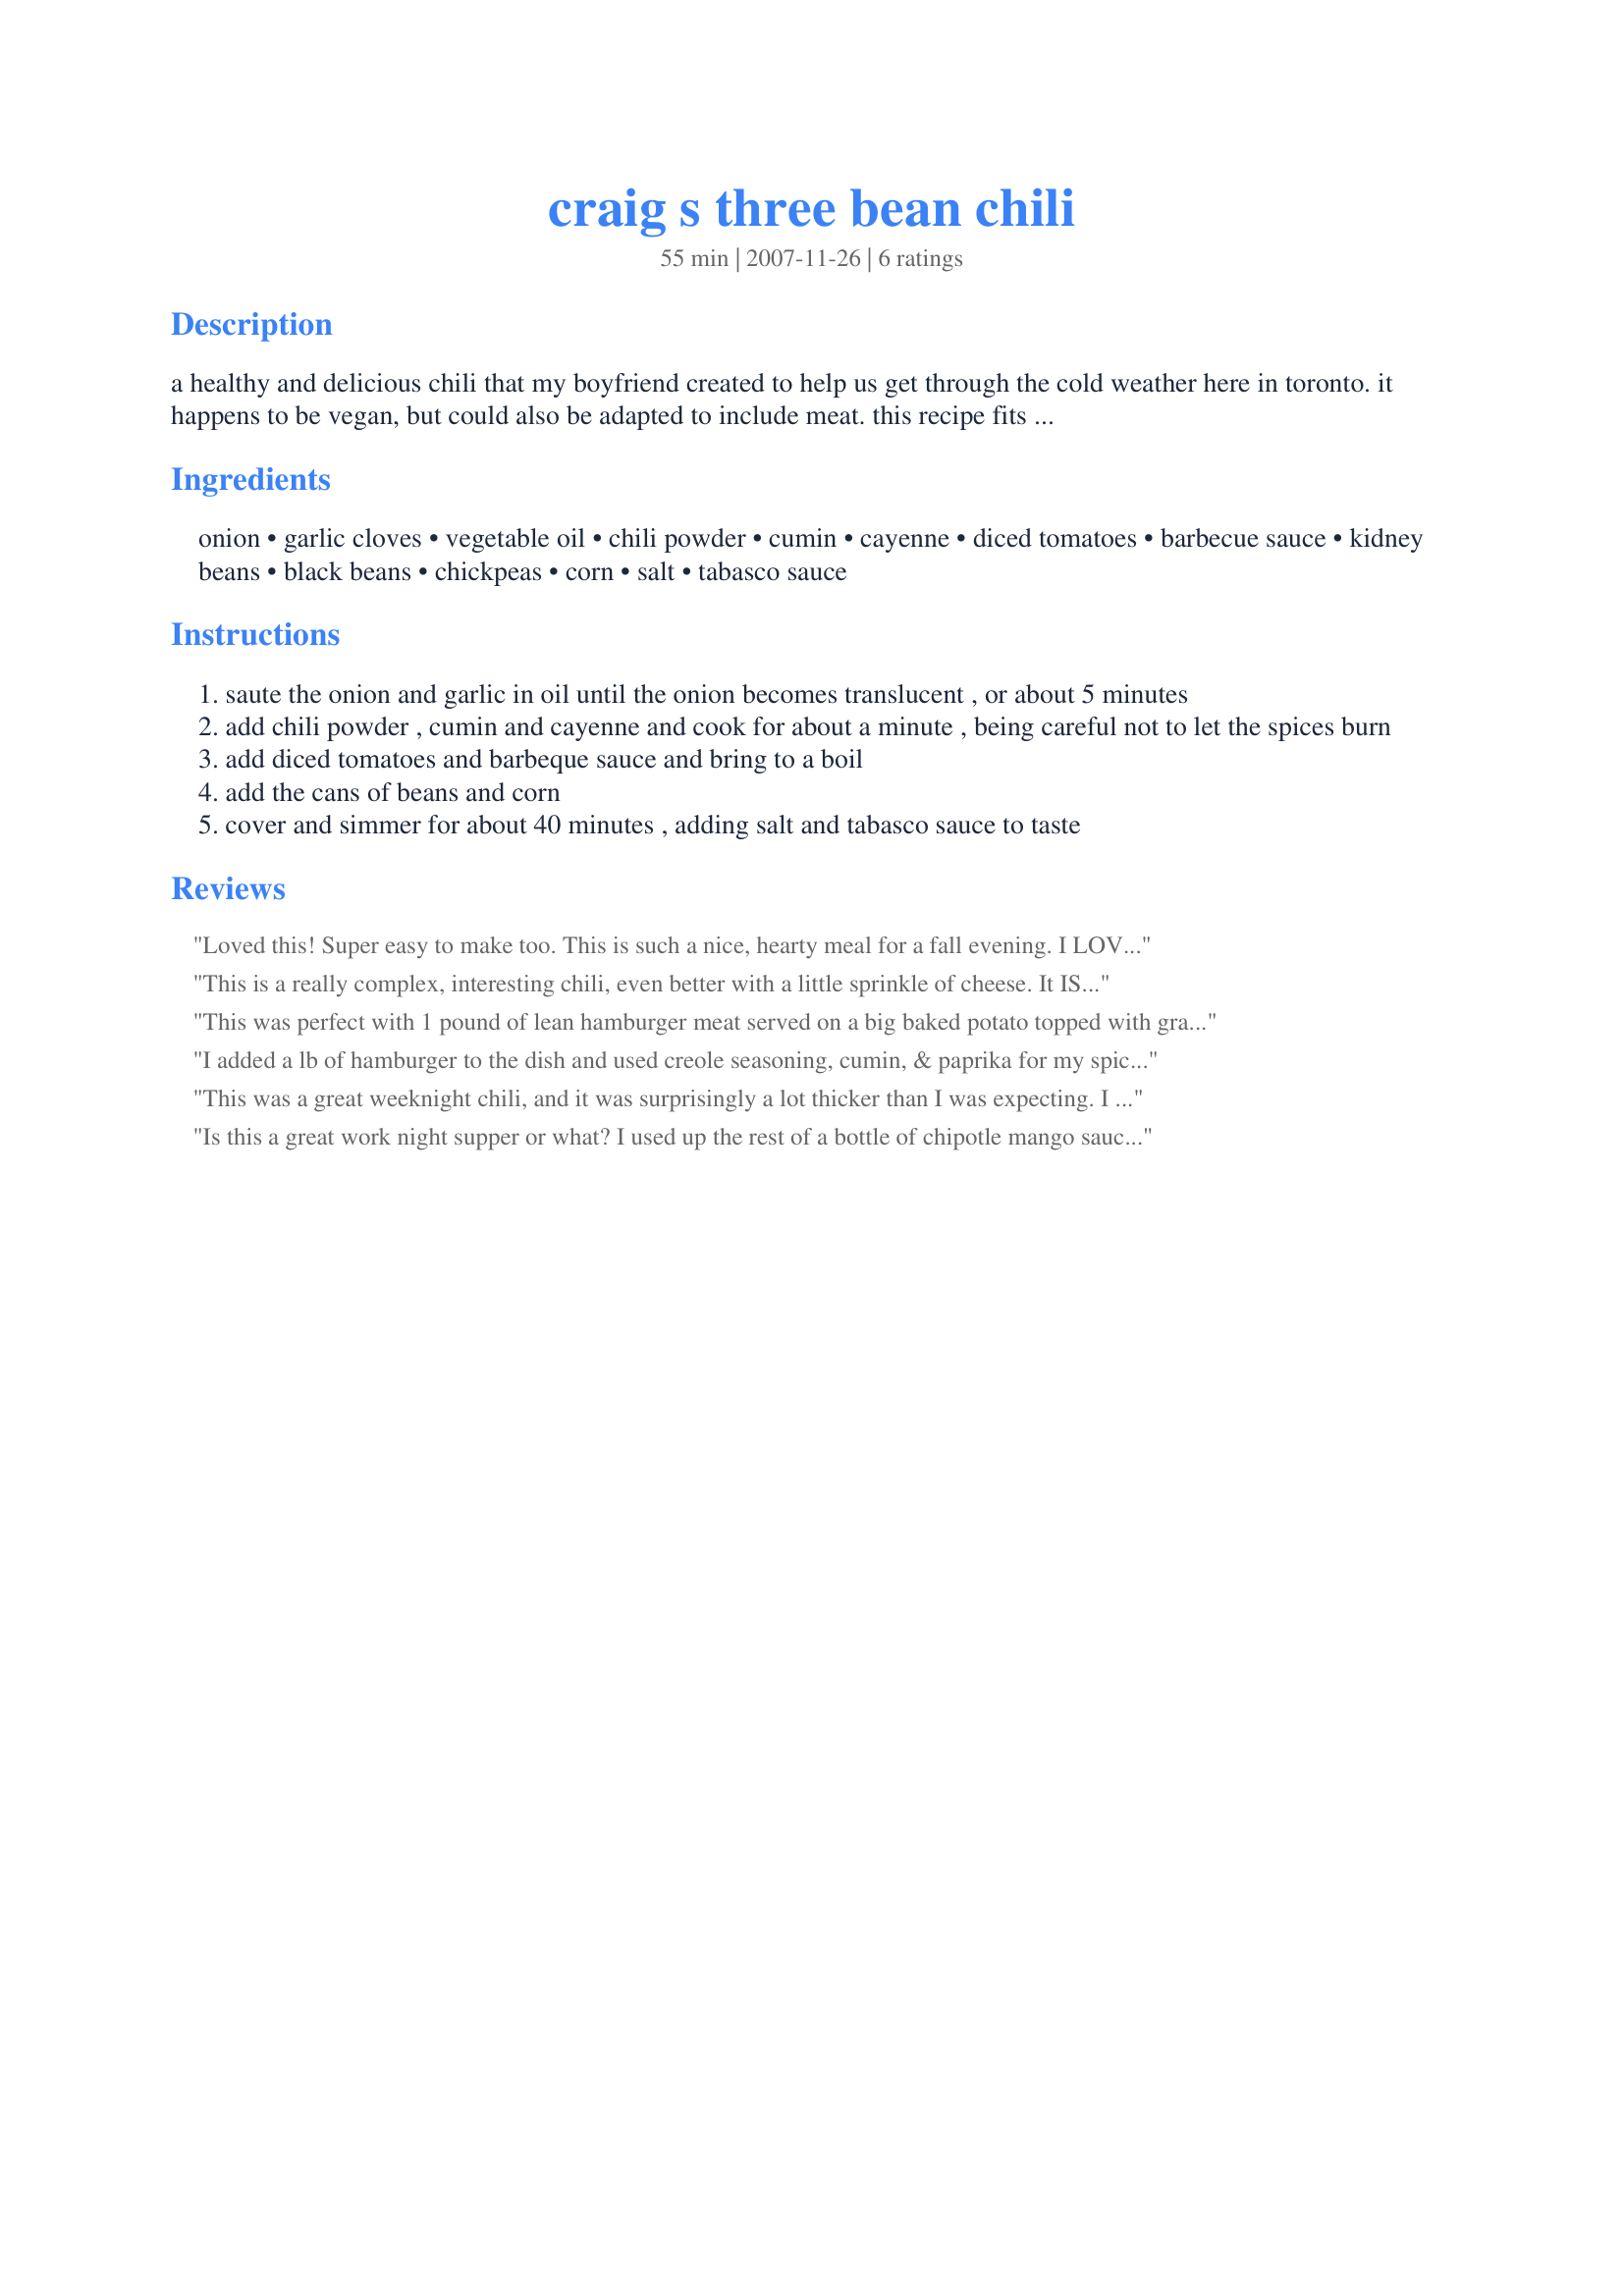
craig s three bean chili
Preparation time: 55 minutes

a healthy and delicious chili that my boyfriend created to help us get through the cold weather here in toronto. it happens to be vegan, but could also be adapted to include meat. this recipe fits nicely into our student budget, but doesn't taste like it!

Ingredients:
onion, garlic cloves, vegetable oil, chili powder, cumin, cayenne, diced tomatoes, barbecue sauce, kidney beans, black beans, chickpeas, corn, salt, tabasco sauce

Steps:
saute the onion and garlic in oil until the onion becomes translucent , or about 5 minutes
add chili powder , cumin and cayenne and cook for about a minute , being careful not to let the spices burn
add diced tomatoes and barbeque sauce and bring to a boil
add the cans of beans and corn
cover and simmer for about 40 minutes , adding salt and tabasco sauce to taste

Reviews:
Loved this! Super easy to make too. This is such a nice, hearty meal for a fall evening. I LOVE the idea of using BBQ sauce to add flavor. Also I like that it's healthy...until you top it with sour cream and cheddar like I did...
This is a really complex, interesting chili, even better with a little sprinkle of cheese. It IS very sweet-tasting, though, so be warned. If you'd like it less sweet, definitely cut down on the barbecue sauce. Also, if you drain the beans like I did, you will need to add some water.
This was perfect with 1 pound of lean hamburger meat served on a big baked potato topped with grated cheddar cheese and a dollop of sour cream
I added a lb of hamburger to the dish and used creole seasoning, cumin, & paprika for my spices (omitted the bbq sauce). I also diced up some carrots and green peppers and tossed in a few green beans from the last days of the garden. Definitely a keeper, thanks Marina K!
This was a great weeknight chili, and it was surprisingly a lot thicker than I was expecting. I did add the optional barbecue sauce which I think added some depth to the dish along with a bit of sweetness. There was enough leftovers for two more nights - great if you're on a tight budget. Try the leftovers with Tostitos Scoops, sprinkled with some cheese - Awesome!
Is this a great work night supper or what? I used up the rest of a bottle of chipotle mango sauce and it tasted like it stewed all day. I added a turkey sausage, a couscous salad and some great multigrain whole wheat bread. A very satisfying chili, Craig.
